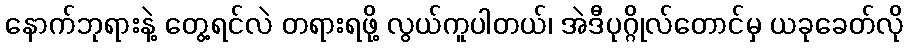
နောက်ဘုရားနဲ့ တွေ့ရင်လဲ တရားရဖို့ လွယ်ကူပါတယ်၊ အဲဒီပုဂ္ဂိုလ်တောင်မှ ယခုခေတ်လို